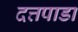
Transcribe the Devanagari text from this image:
दत्तपाडा